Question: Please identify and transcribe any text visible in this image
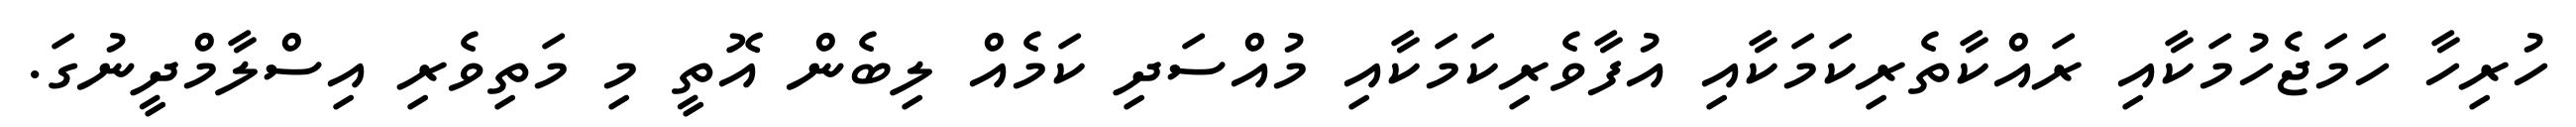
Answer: ހުރިހާ ހަމަޖެހުމަކާއި ރައްކާތެރިކަމަކާއި އުފާވެރިކަމަކާއި މުއްސަދި ކަމެއް ލިބެން އޮތީ މި މަތިވެރި އިސްލާމްދީނުގަ.